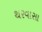
થરવાસા